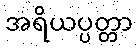
အရိယပ္ပတ္တာ